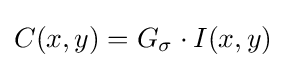
C(x,y)=G_{\sigma }\cdot I(x,y)